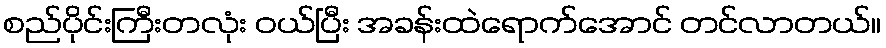
စည်ပိုင်းကြီးတလုံး ဝယ်ပြီး အခန်းထဲရောက်အောင် တင်လာတယ်။